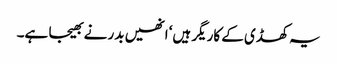
یہ کھڈی کے کاریگر ہیں‘ انھیں بدر نے بھیجا ہے۔